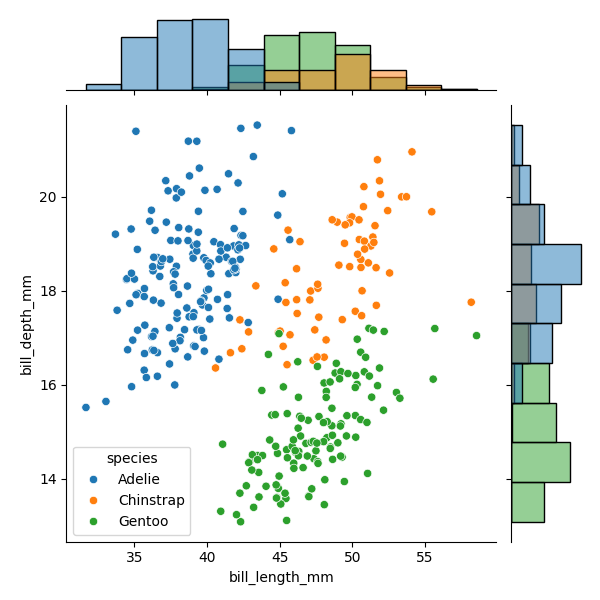
python, seaborn, JointGrid, scatterplot, histplot, hue